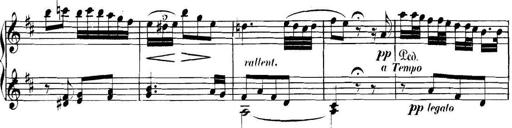
Title: Collected Piano Sonatas
Composer: Muzio Clementi